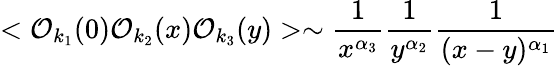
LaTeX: <{\cal O}_{k_{1}}(0){\cal O}_{k_{2}}(x){\cal O}_{k_{3}}(y)>\sim\frac{1}{x^{\alpha_{3}}}\frac{1}{y^{\alpha_{2}}}\frac{1}{(x-y)^{\alpha_{1}}}